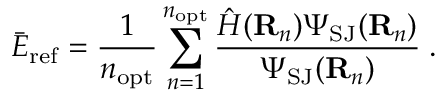
{ \bar { E } } _ { \mathrm { r e f } } = \frac 1 { n _ { \mathrm { o p t } } } \sum _ { n = 1 } ^ { n _ { \mathrm { o p t } } } \frac { \hat { H } ( { \bf R } _ { n } ) \Psi _ { \mathrm { S J } } ( { \bf R } _ { n } ) } { \Psi _ { \mathrm { S J } } ( { \bf R } _ { n } ) } \; .